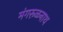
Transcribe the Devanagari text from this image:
मंगरूळनाथ